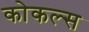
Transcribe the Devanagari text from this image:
कोकल्स